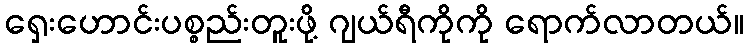
ရှေးဟောင်းပစ္စည်းတူးဖို့ ဂျယ်ရီကိုကို ရောက်လာတယ်။